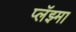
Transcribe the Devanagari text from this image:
प्लॅझ्मा